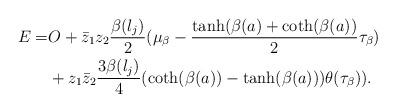
LaTeX: \begin{align*}E = & O + \bar{z}_1z_2 \frac{\beta(l_j)}{2}(\mu_{\beta}-\frac{\tanh(\beta(a)+\coth(\beta(a))}{2}\tau_{\beta}) \\& +z_1\bar{z}_2\frac{3\beta(l_j)}{4}(\coth(\beta(a))-\tanh(\beta(a)))\theta(\tau_{\beta})).\end{align*}